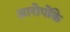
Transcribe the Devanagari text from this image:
आरोपोंके